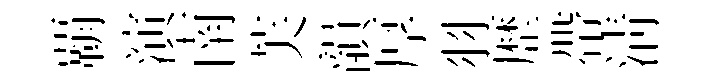
覇演南芙韻厚羽歴帶清